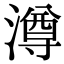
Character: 澊